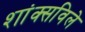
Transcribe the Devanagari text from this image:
शांक्सविले